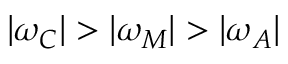
| \omega _ { C } | > | \omega _ { M } | > | \omega _ { A } |